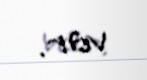
var.